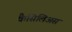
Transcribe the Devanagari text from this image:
कैसिलिअस